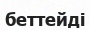
беттейді